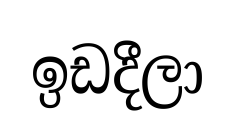
ඉඩදීලා